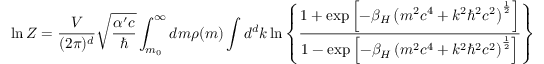
\ln Z = \frac { V } { ( 2 \pi ) ^ { d } } \: \sqrt { \frac { \alpha ^ { \prime } c } { \hbar } } \: \int _ { m _ { 0 } } ^ { \infty } \: d m \: \rho ( m ) \: \int d ^ { d } k \ln \left\lbrace \frac { 1 + \exp \left\lbrack - \beta _ { H } \left( m ^ { 2 } c ^ { 4 } + k ^ { 2 } \hbar ^ { 2 } c ^ { 2 } \right) ^ { \frac { 1 } { 2 } } \right\rbrack } { 1 - \exp \left\lbrack - \beta _ { H } \left( m ^ { 2 } c ^ { 4 } + k ^ { 2 } \hbar ^ { 2 } c ^ { 2 } \right) ^ { \frac { 1 } { 2 } } \right\rbrack } \right\rbrace